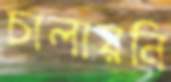
চালায়নি